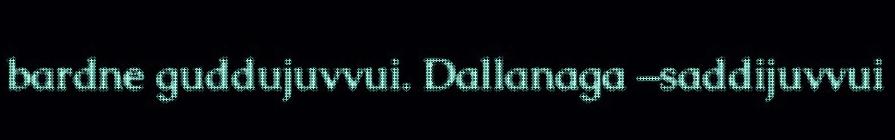
bardne guddujuvvui. Dallanaga –saddijuvvui